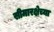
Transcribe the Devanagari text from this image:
सीमारक्षेच्या